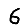
Digit: 6